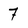
Character: 7